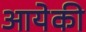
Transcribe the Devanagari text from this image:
आयेकी